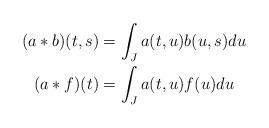
LaTeX: \begin{align*} (a*b)(t,s) &= \int_{J} a(t,u)b(u,s) du\\(a*f)(t) &= \int_{J} a(t,u)f(u) du\end{align*}